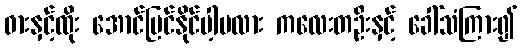
ဓားနှင့်ထိုး အောင်မြင်နိုင်ပါ့မလား ကလေးတဦးနှင့် ခေါ်သံကြား၍